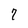
Character: 7